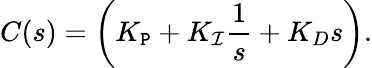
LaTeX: C(s)=\left(K_{\mathtt{P}}+K_{\mathcal{I}}{\frac{{1}}{{s}}}+K_{D}s\right).